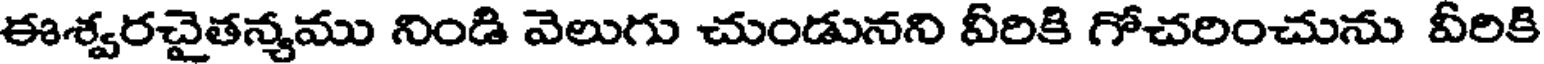
ఈశ్వరచైతన్యము నిండి వెలుగు చుండునని వీరికి గోచరించును వీరికి